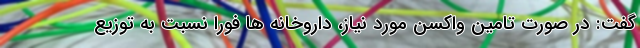
گفت: در صورت تامین واکسن مورد نیاز، داروخانه ها فورا نسبت به توزیع